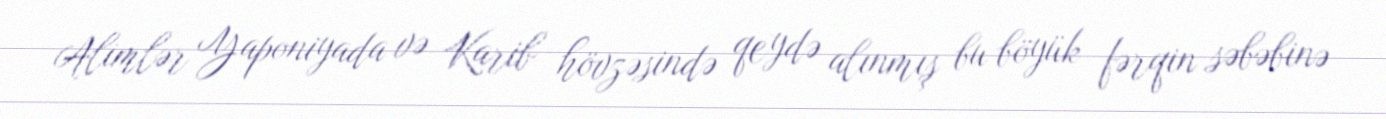
Alimlər Yaponiyada və Karib hövzəsində qeydə alınmış bu böyük fərqin səbəbinə